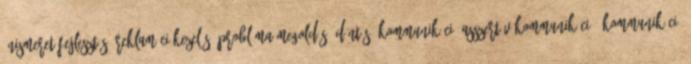
Önismeret fejlesztés, Reklamációkezelés, Probléma megoldás, döntés; Kommunikáció:Asszertív kommunikáció, Kommunikáció